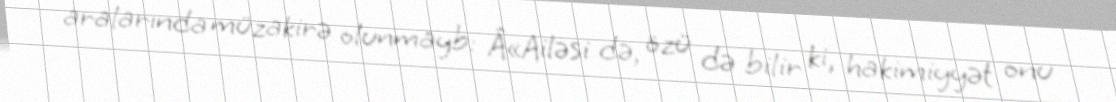
aralarında müzakirə olunmayb: Â«Ailəsi də, özü də bilir ki, hakimiyyət onu